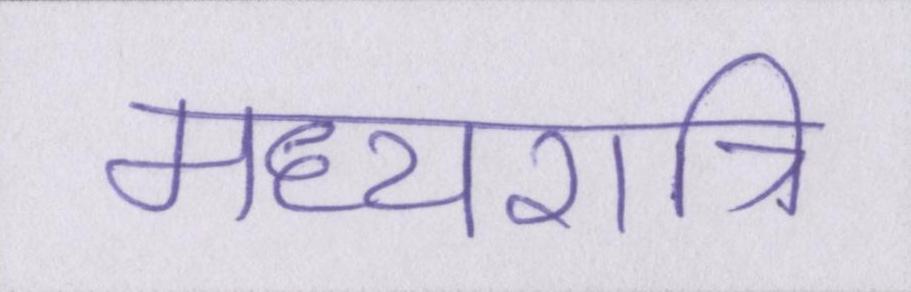
मध्यरात्रि